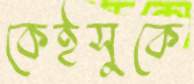
কেইসুকে